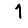
Digit: 1